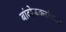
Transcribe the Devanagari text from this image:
बांदोडकरांच्या